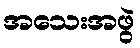
အသေးအဖွဲ